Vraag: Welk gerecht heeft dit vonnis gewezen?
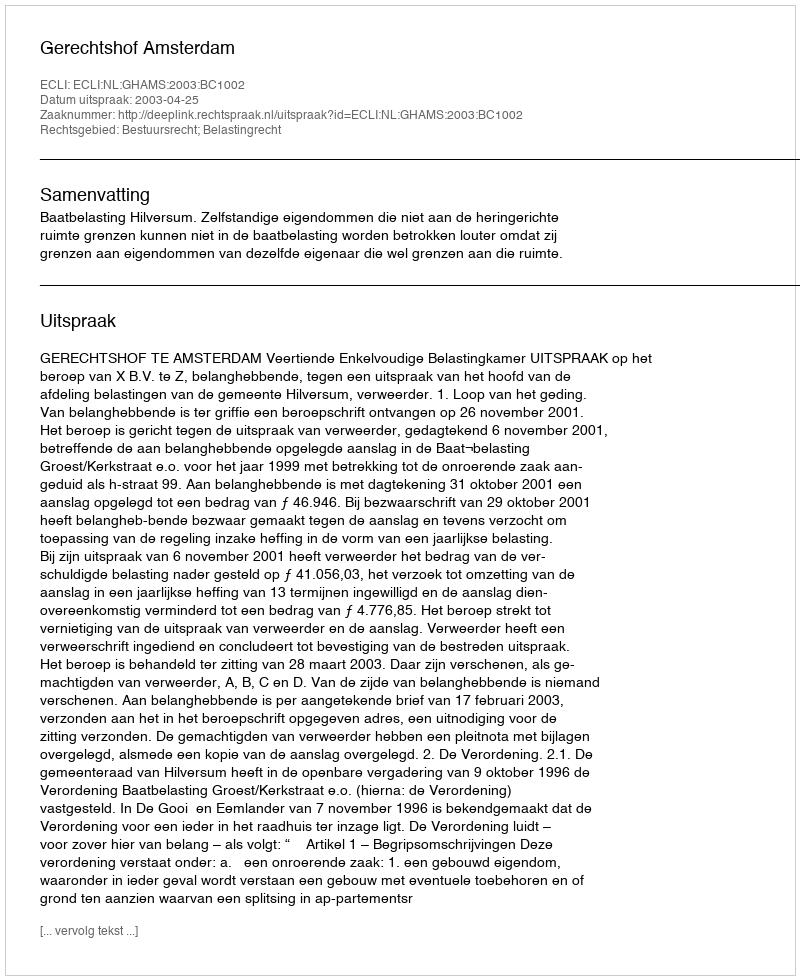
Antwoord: Gerechtshof Amsterdam